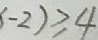
- 2 ) \geq 4